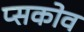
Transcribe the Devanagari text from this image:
प्सकोव